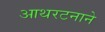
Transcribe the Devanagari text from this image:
आथरटनाने